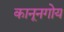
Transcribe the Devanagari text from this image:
कानूनगोय